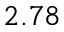
2 . 7 8